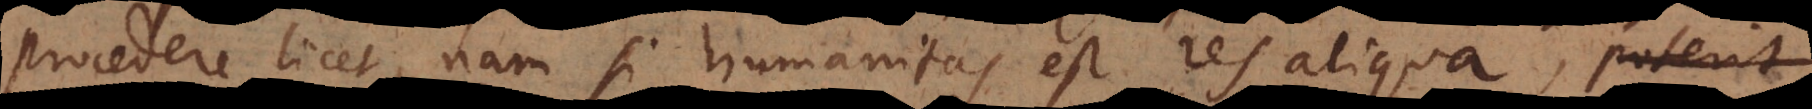
procedere licet, nam si humanitas est res aliqua, poterit